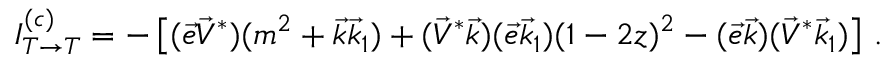
I _ { T \to T } ^ { ( c ) } = - \left[ ( \vec { e } \vec { V } ^ { * } ) ( m ^ { 2 } + \vec { k } \vec { k } _ { 1 } ) + ( \vec { V } ^ { * } \vec { k } ) ( \vec { e } \vec { k } _ { 1 } ) ( 1 - 2 z ) ^ { 2 } - ( \vec { e } \vec { k } ) ( \vec { V } ^ { * } \vec { k } _ { 1 } ) \right] \, .